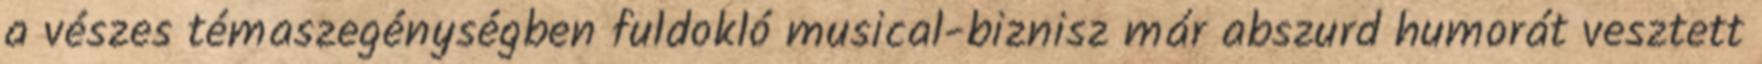
a vészes témaszegénységben fuldokló musical-biznisz már abszurd humorát vesztett